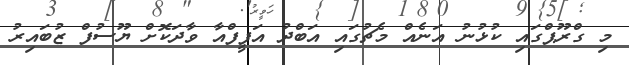
މި ގްރޫޕްގައި ކުޅުނު އަނެއް މެޗުގައި އަބްދު އަފީފްއާ ވާދަކޮށް ޔޫސުފް ޒުބައިރު